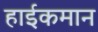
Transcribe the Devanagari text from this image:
हाईकमान